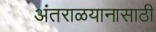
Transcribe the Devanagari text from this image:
अंतराळयानासाठी